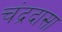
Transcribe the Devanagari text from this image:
चंद्रदासा